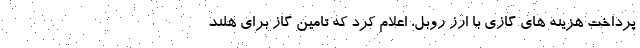
پرداخت هزینه های گازی با ارز روبل، اعلام کرد که تامین گاز برای هلند